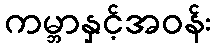
ကမ္ဘာနှင့်အဝန်း